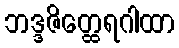
ဘဒ္ဒဇိတ္ထေရဂါထာ